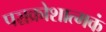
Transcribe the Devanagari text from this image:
पञ्चक्रोशात्मकं